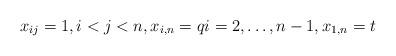
LaTeX: \begin{gather*} x_{ij}=1, i < j < n, x_{i,n}=q i=2,\ldots, n-1, x_{1,n}=t \end{gather*}